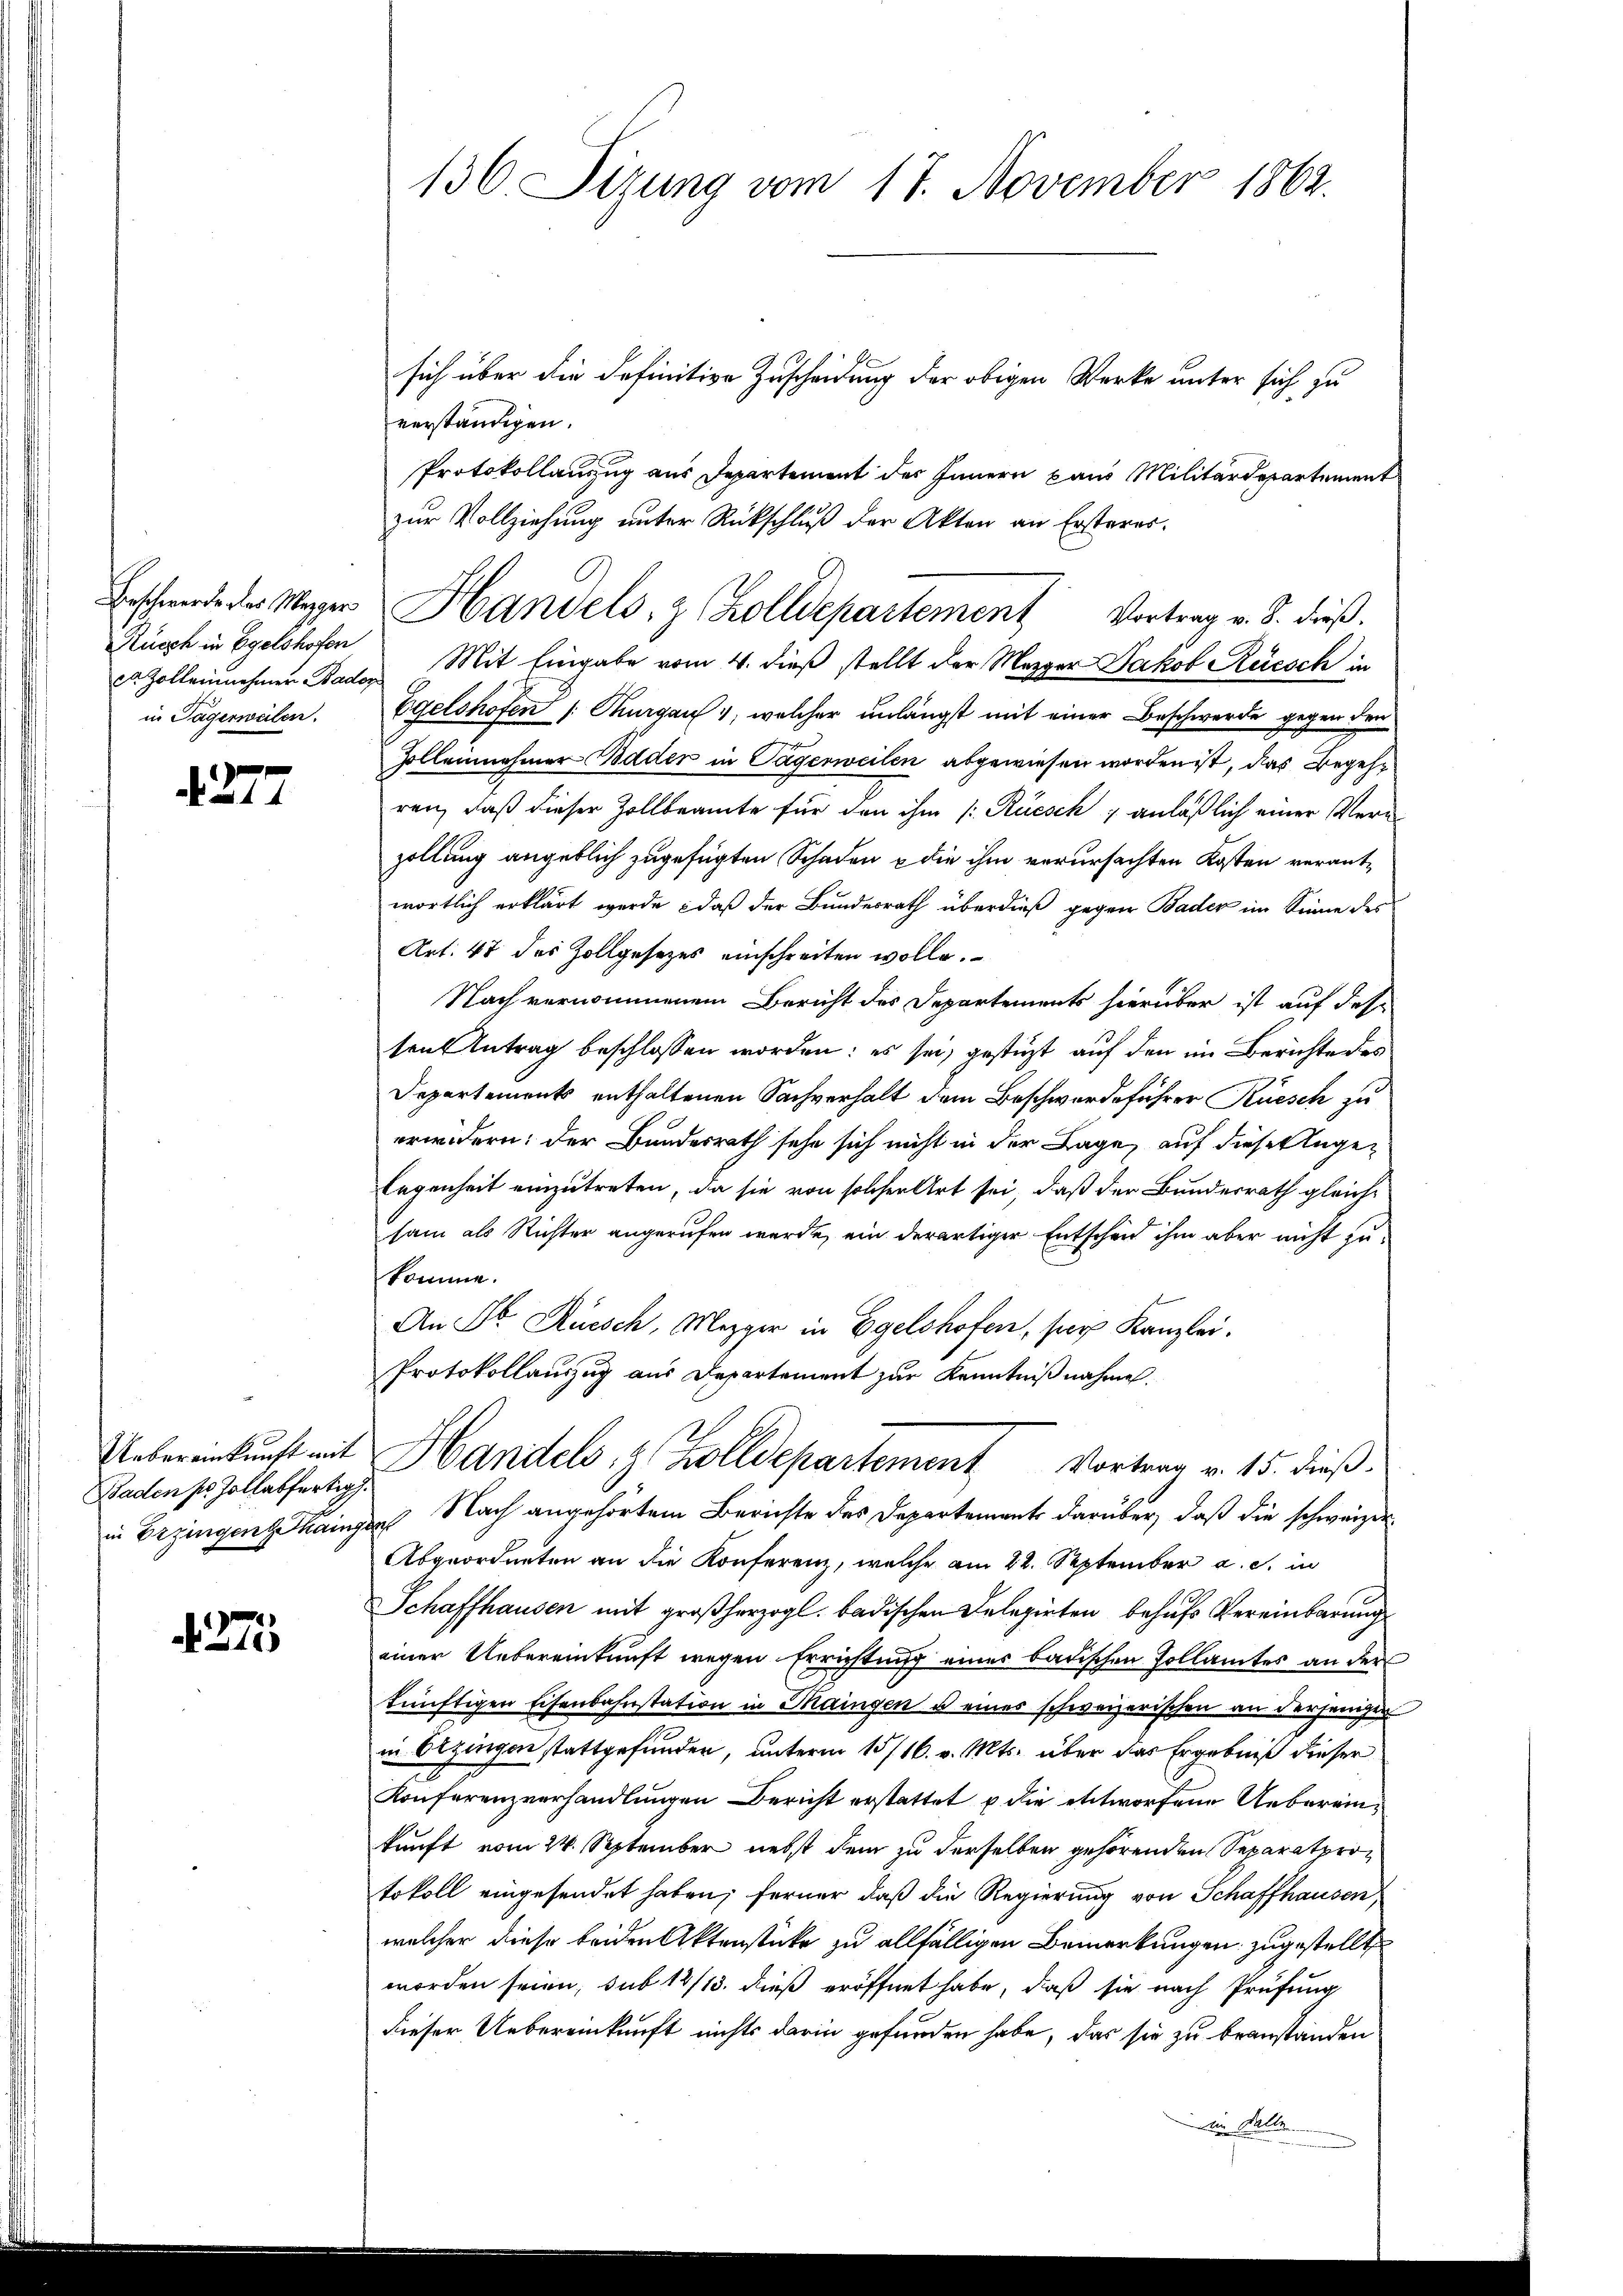
Beschwerde des Mezger
Rüsch in Egelshofen
in Tägerweilen.

4277

Uebereinkunft mit
Baden sr. Zollabfertig
in Erzingen aing

4275

136 Sizung vom 17. November 1862.

sich über die definitive Zuscheidung der obigen Werke unter sich zu
verständigen.
Protokollauszug aus Departement des Innern pans Militärdepartement
zur Vollziehung unter Rückschluß der Akten an Ersteres.
er. Zolleinehmer Bader Mit Eingabe vom 4. dieß stellt der Mezger Jakob Rüesch in
Egelshöfen /: Thurgau, welcher unlängst mit einer Beschwerde gegen den
Zolleinehmer Bader in Tagerweilen abgewiesen worden ist, das Begehr
ren, daß dieser Zollbeamte für den ihm /: Rüesch ; anläßlich einer Verzollung angeblich zugefügten Schaden u die ihm verursachten Kosten verantwortlich erklärt werde, daß der Bundesrath überdieß gegen Bader im Sinne des
Art. 47 des Zollgesetzes einschreiten wolle.
Nach vernommenem Bericht des Departements hierüber ist auf des
ten Antrag beschlossen worden: es sei, gestüzt auf den im Berichte des
Departements enthaltenen Sachverhalt dem Beschwerdeführer Rüesch zu
erwidern: der Bundesrath sehe sich nicht in der Lage, auf diese Augen
legenheit einzutreten, da sie von solcher Art sei, daß der Bundesrath gleiche
sam als Richter angerufen werde, ein derartiger Entscheid ihm aber nicht zukomme.
An Dr. Rüesch, Mezger in Egelshofen, ser Kanzlei.
Protokollauszug aus Departement zur Kenntnißnahme.
Handels, z. Zolldepartement Vortrag v. 15. dieß.
es Nach angehörtem Berichte des Departement darüber, daß die schweizer¬
Abgeordneten an die Konferenz, welche am 22. September a. c. in
Schaffhausen mit großherzogl. badischen Delegirten behufs Vereinbarung
einer Uebereinkunft wegen Errichtung eines badischen Pollamtes an der
künftigen Eisenbahnstation in Maingen u eines schweizerischen an derjeniger
in bezingen stattgefunden, unterm 15/16. v. Mts. über das Ergebniß dieser
Konferenzverhandlungen Bericht erstattet u die entworfene Uebereinkunft vom 24. September nebst dem zu derselben gehörenden Separatprotokoll eingesendet haben; ferner daß die Regierung von Schaffhausen,
welcher diese beiden Aktenstücke zu allfälligen Bemerkungen zugestellt
worden seien, sub 14/13. dieß eröffnet habe, daß sie nach Prüfung
dieser Uebereinkunft nichts darin gefunden habe, das sie zu beanständen
 Mol

Handels- & Zolldepartement Vortrag v. 8. dieß.